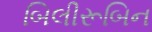
બિલીરૂબિન